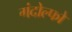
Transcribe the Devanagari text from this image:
गंदोल्फो